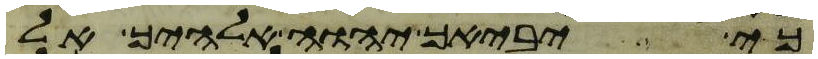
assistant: כי יביאך יהוה אלהיך אל